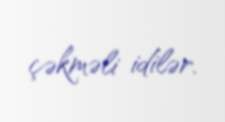
çəkməli idilər.